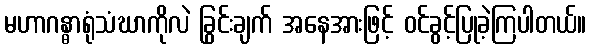
မဟာဂန္ဓာရုံသံဃာကိုလဲ ခြွင်းချက် အနေအားဖြင့် ဝင်ခွင့်ပြုခဲ့ကြပါတယ်။